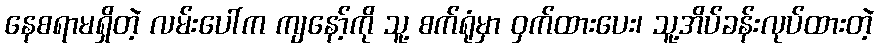
နေစရာမရှိတဲ့ လမ်းပေါ်က ကျနော့်ကို သူ့ စက်ရုံမှာ ဝှက်ထားပေး၊ သူ့အိပ်ခန်းလုပ်ထားတဲ့